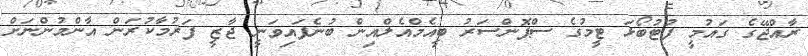
ރާއްޖޭގެ ގައުމީ ފުޓުބޯޅަ ޓީމުގެ ސްޕޮންސަރު ބީއެމްއެލްއިން ބުނެފައިވަނީ ޖާޒީ ފަރުމާކުރަން އާންމުންނަށް